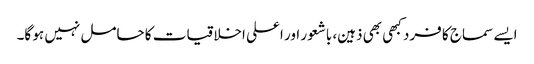
ایسے سماج کا فرد کبھی بھی ذہین، باشعور اور اعلی اخلاقیات کا حامل نہیں ہو گا۔